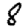
Digit: 8